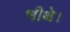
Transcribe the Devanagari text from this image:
भीथे।